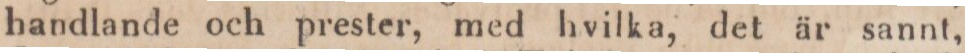
handlande och prester, med hvilka, det är sannt,